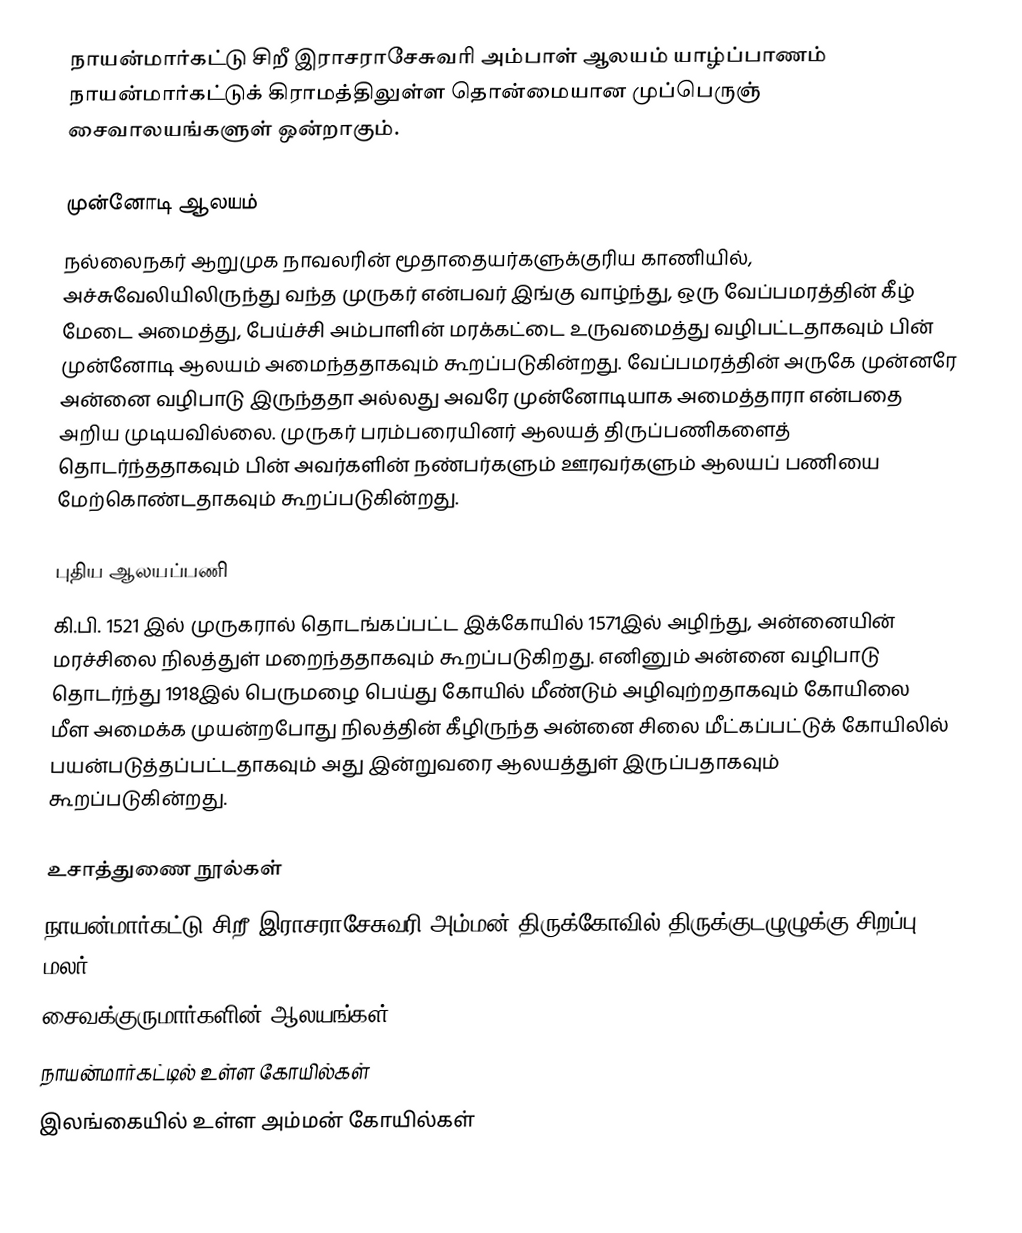
நாயன்மார்கட்டு சிறீ இராசராசேசுவரி அம்பாள் ஆலயம் யாழ்ப்பாணம் நாயன்மார்கட்டுக் கிராமத்திலுள்ள தொன்மையான முப்பெருஞ் சைவாலயங்களுள் ஒன்றாகும்.

முன்னோடி ஆலயம்
நல்லைநகர் ஆறுமுக நாவலரின் மூதாதையர்களுக்குரிய காணியில், அச்சுவேலியிலிருந்து வந்த முருகர் என்பவர் இங்கு வாழ்ந்து, ஒரு வேப்பமரத்தின் கீழ் மேடை அமைத்து, பேய்ச்சி அம்பாளின் மரக்கட்டை உருவமைத்து வழிபட்டதாகவும் பின் முன்னோடி ஆலயம் அமைந்ததாகவும் கூறப்படுகின்றது. வேப்பமரத்தின் அருகே முன்னரே அன்னை வழிபாடு இருந்ததா அல்லது அவரே முன்னோடியாக அமைத்தாரா என்பதை அறிய முடியவில்லை. முருகர் பரம்பரையினர் ஆலயத் திருப்பணிகளைத் தொடர்ந்ததாகவும் பின் அவர்களின் நண்பர்களும் ஊரவர்களும் ஆலயப் பணியை மேற்கொண்டதாகவும் கூறப்படுகின்றது.

புதிய ஆலயப்பணி
கி.பி. 1521 இல் முருகரால் தொடங்கப்பட்ட இக்கோயில் 1571இல் அழிந்து, அன்னையின் மரச்சிலை நிலத்துள் மறைந்ததாகவும் கூறப்படுகிறது. எனினும் அன்னை வழிபாடு தொடர்ந்து 1918இல் பெருமழை பெய்து கோயில் மீண்டும் அழிவுற்றதாகவும் கோயிலை மீள அமைக்க முயன்றபோது நிலத்தின் கீழிருந்த அன்னை சிலை மீட்கப்பட்டுக் கோயிலில் பயன்படுத்தப்பட்டதாகவும் அது இன்றுவரை ஆலயத்துள் இருப்பதாகவும் கூறப்படுகின்றது.

உசாத்துணை நூல்கள்
 நாயன்மார்கட்டு சிறீ இராசராசேசுவரி அம்மன் திருக்கோவில் திருக்குடழுழுக்கு சிறப்பு மலர் - 2020
சைவக்குருமார்களின் ஆலயங்கள்
நாயன்மார்கட்டில் உள்ள கோயில்கள்
இலங்கையில் உள்ள அம்மன் கோயில்கள்